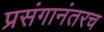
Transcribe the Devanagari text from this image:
प्रसंगानंतरच